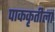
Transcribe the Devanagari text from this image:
पाककृतीला